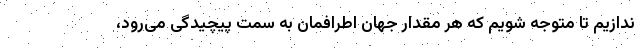
ندازیم تا متوجه شویم که هر مقدار جهان اطرافمان به سمت پیچیدگی می‌رود،